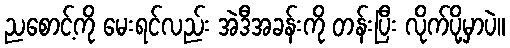
ညစောင့်ကို မေးရင်လည်း အဲဒီအခန်းကို တန်းပြီး လိုက်ပို့မှာပဲ။